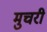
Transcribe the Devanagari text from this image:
मुचरी